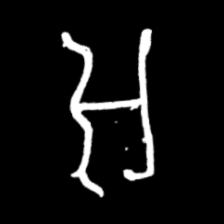
Pyu character \u2014 Myanmar letter: အ (romanized: a)